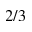
2 / 3